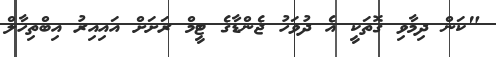
"ކަން ދިމާވި ގޮތަކީ އެ ދުވަހު ޖެންޑާގެ ޓީމް ރަށަށް އައިއިރު އިބްތިހާލް